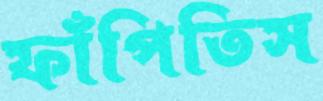
ফাঁপিতিস